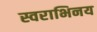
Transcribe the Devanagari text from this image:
स्वराभिनय